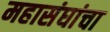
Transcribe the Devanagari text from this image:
महासंघांचा